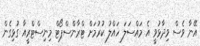
އޭނާ ވެސް ވިދާޅުވީ އެ މައްސަލަ ހައްލު ކުރުމަށް ޓްރާންސްޕޯޓް މިނިސްޓްރީއާ ގުޅިގެން